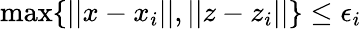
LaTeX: \operatorname*{max}\{ ||x-x_{i}||,||z-z_{i}||\} \leq\epsilon_{i}